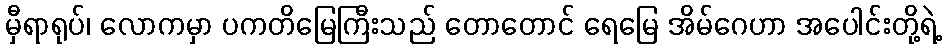
မှီရာရုပ်၊ လောကမှာ ပကတိမြေကြီးသည် တောတောင် ရေမြေ အိမ်ဂေဟာ အပေါင်းတို့ရဲ့